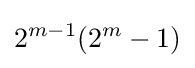
2^{m-1}(2^{m}-1)